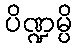
ပိဏ္ဍမ္ပိ